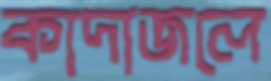
কাদাজলে